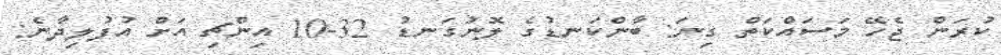
ކުރަން ޖެހޭ މަސައްކަތް ގިނަ: ބާންކަނޑުގެ ލޮނުގަނޑު 32-10 އިންޗި އަށް އުފުލިދާނެ: